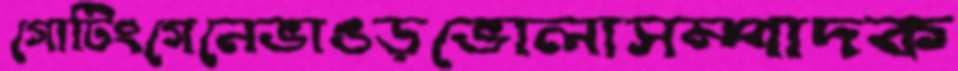
গোটিংগেনেভাঙড়ভোলাসম্পাদক